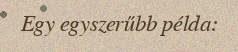
Egy egyszerűbb példa: